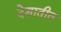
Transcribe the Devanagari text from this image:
देशातीत